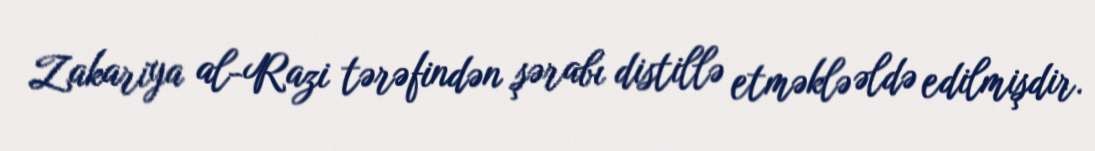
Zakariya al-Razi tərəfindən şərabı distillə etməklə əldə edilmişdir.